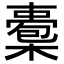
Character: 𣚇